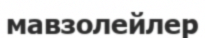
мавзолейлер